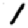
Digit: 1